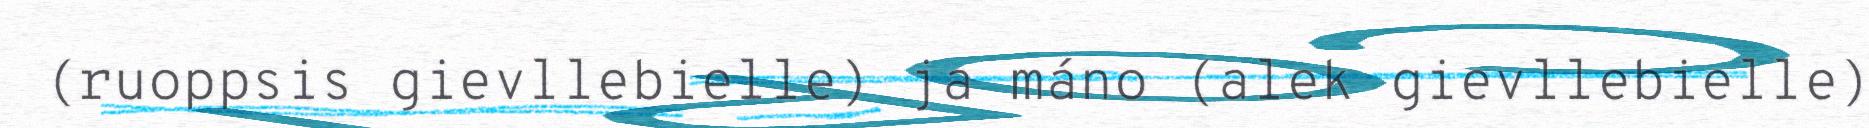
(ruoppsis gievllebielle) ja máno (alek gievllebielle)